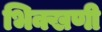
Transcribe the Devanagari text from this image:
भिक्खणी